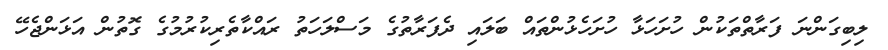
ލިބިގަންނަ ފަރާތްތަކުން ހުށަހަޅާ ހުށަހެޅުންތައް ބަލައި ދެފަރާތުގެ މަސްލަހަތު ރައްކާތެރިކުރުމުގެ ގޮތުން އަޅަންޖެހޭ